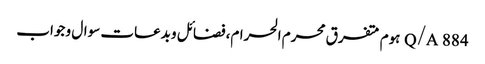
Q/A	884	ہوم متفرق محرم الحرام،فضائل و بدعات سوال و جواب